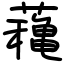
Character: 蘒